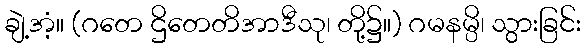
ချဲ့အံ့။ (ဂတေ ဌိတေတိအာဒီသု၊ တို့၌။) ဂမနမ္ပိ၊ သွားခြင်း